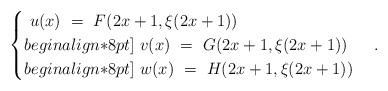
LaTeX: \begin{align*}\begin{cases}\ u(x) \ = \ F(2x + 1, \xi(2x + 1))\\begin{align*}8pt]\ v(x) \ = \ G(2x + 1, \xi(2x + 1))\\begin{align*}8pt]\ w(x) \ = \ H(2x + 1, \xi(2x + 1))\end{cases}.\end{align*}